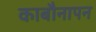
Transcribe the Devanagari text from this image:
काबौनापन